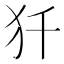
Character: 𰠾